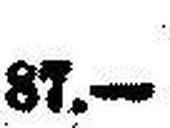
87.—